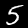
Digit: 5